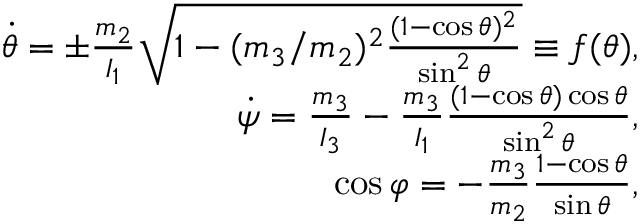
\begin{array} { r } { \dot { \theta } = \pm \frac { m _ { 2 } } { I _ { 1 } } \sqrt { 1 - ( m _ { 3 } / m _ { 2 } ) ^ { 2 } \frac { ( 1 - \cos \theta ) ^ { 2 } } { \sin ^ { 2 } \theta } } \equiv f ( \theta ) , } \\ { \dot { \psi } = \frac { m _ { 3 } } { I _ { 3 } } - \frac { m _ { 3 } } { I _ { 1 } } \frac { ( 1 - \cos \theta ) \cos \theta } { \sin ^ { 2 } \theta } , } \\ { \cos \varphi = - \frac { m _ { 3 } } { m _ { 2 } } \frac { 1 - \cos \theta } { \sin \theta } , } \end{array}